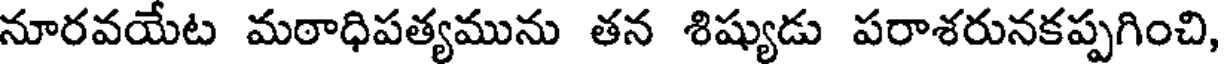
నూరవయేట మఠాధిపత్యమును తన శిష్యుడు పరాశరునకప్పగించి,